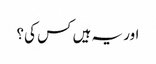
اور یہ ہیں کس کی؟